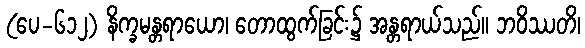
(ပေ-၆၁၂) နိက္ခမန္တရာယော၊ တောထွက်ခြင်း၌ အန္တရာယ်သည်။ ဘဝိဿတိ၊